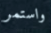
واستمر